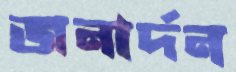
জনার্দন